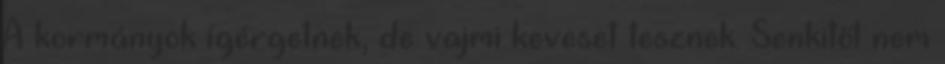
A kormányok ígérgetnek, de vajmi keveset tesznek. Senkitől nem